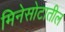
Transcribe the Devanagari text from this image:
मिनेसोटातील